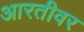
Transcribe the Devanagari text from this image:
आरतीवर